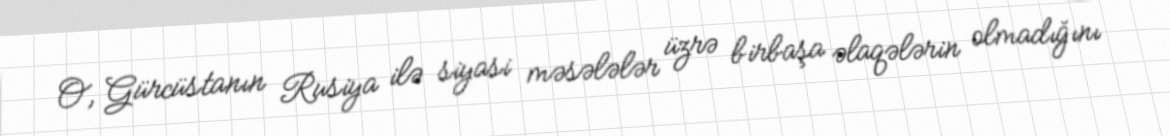
O, Gürcüstanın Rusiya ilə siyasi məsələlər üzrə birbaşa əlaqələrin olmadığını